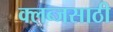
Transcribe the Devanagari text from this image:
क्लब्जसाठी